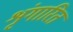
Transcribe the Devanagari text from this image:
शृंगारित